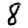
Digit: 8